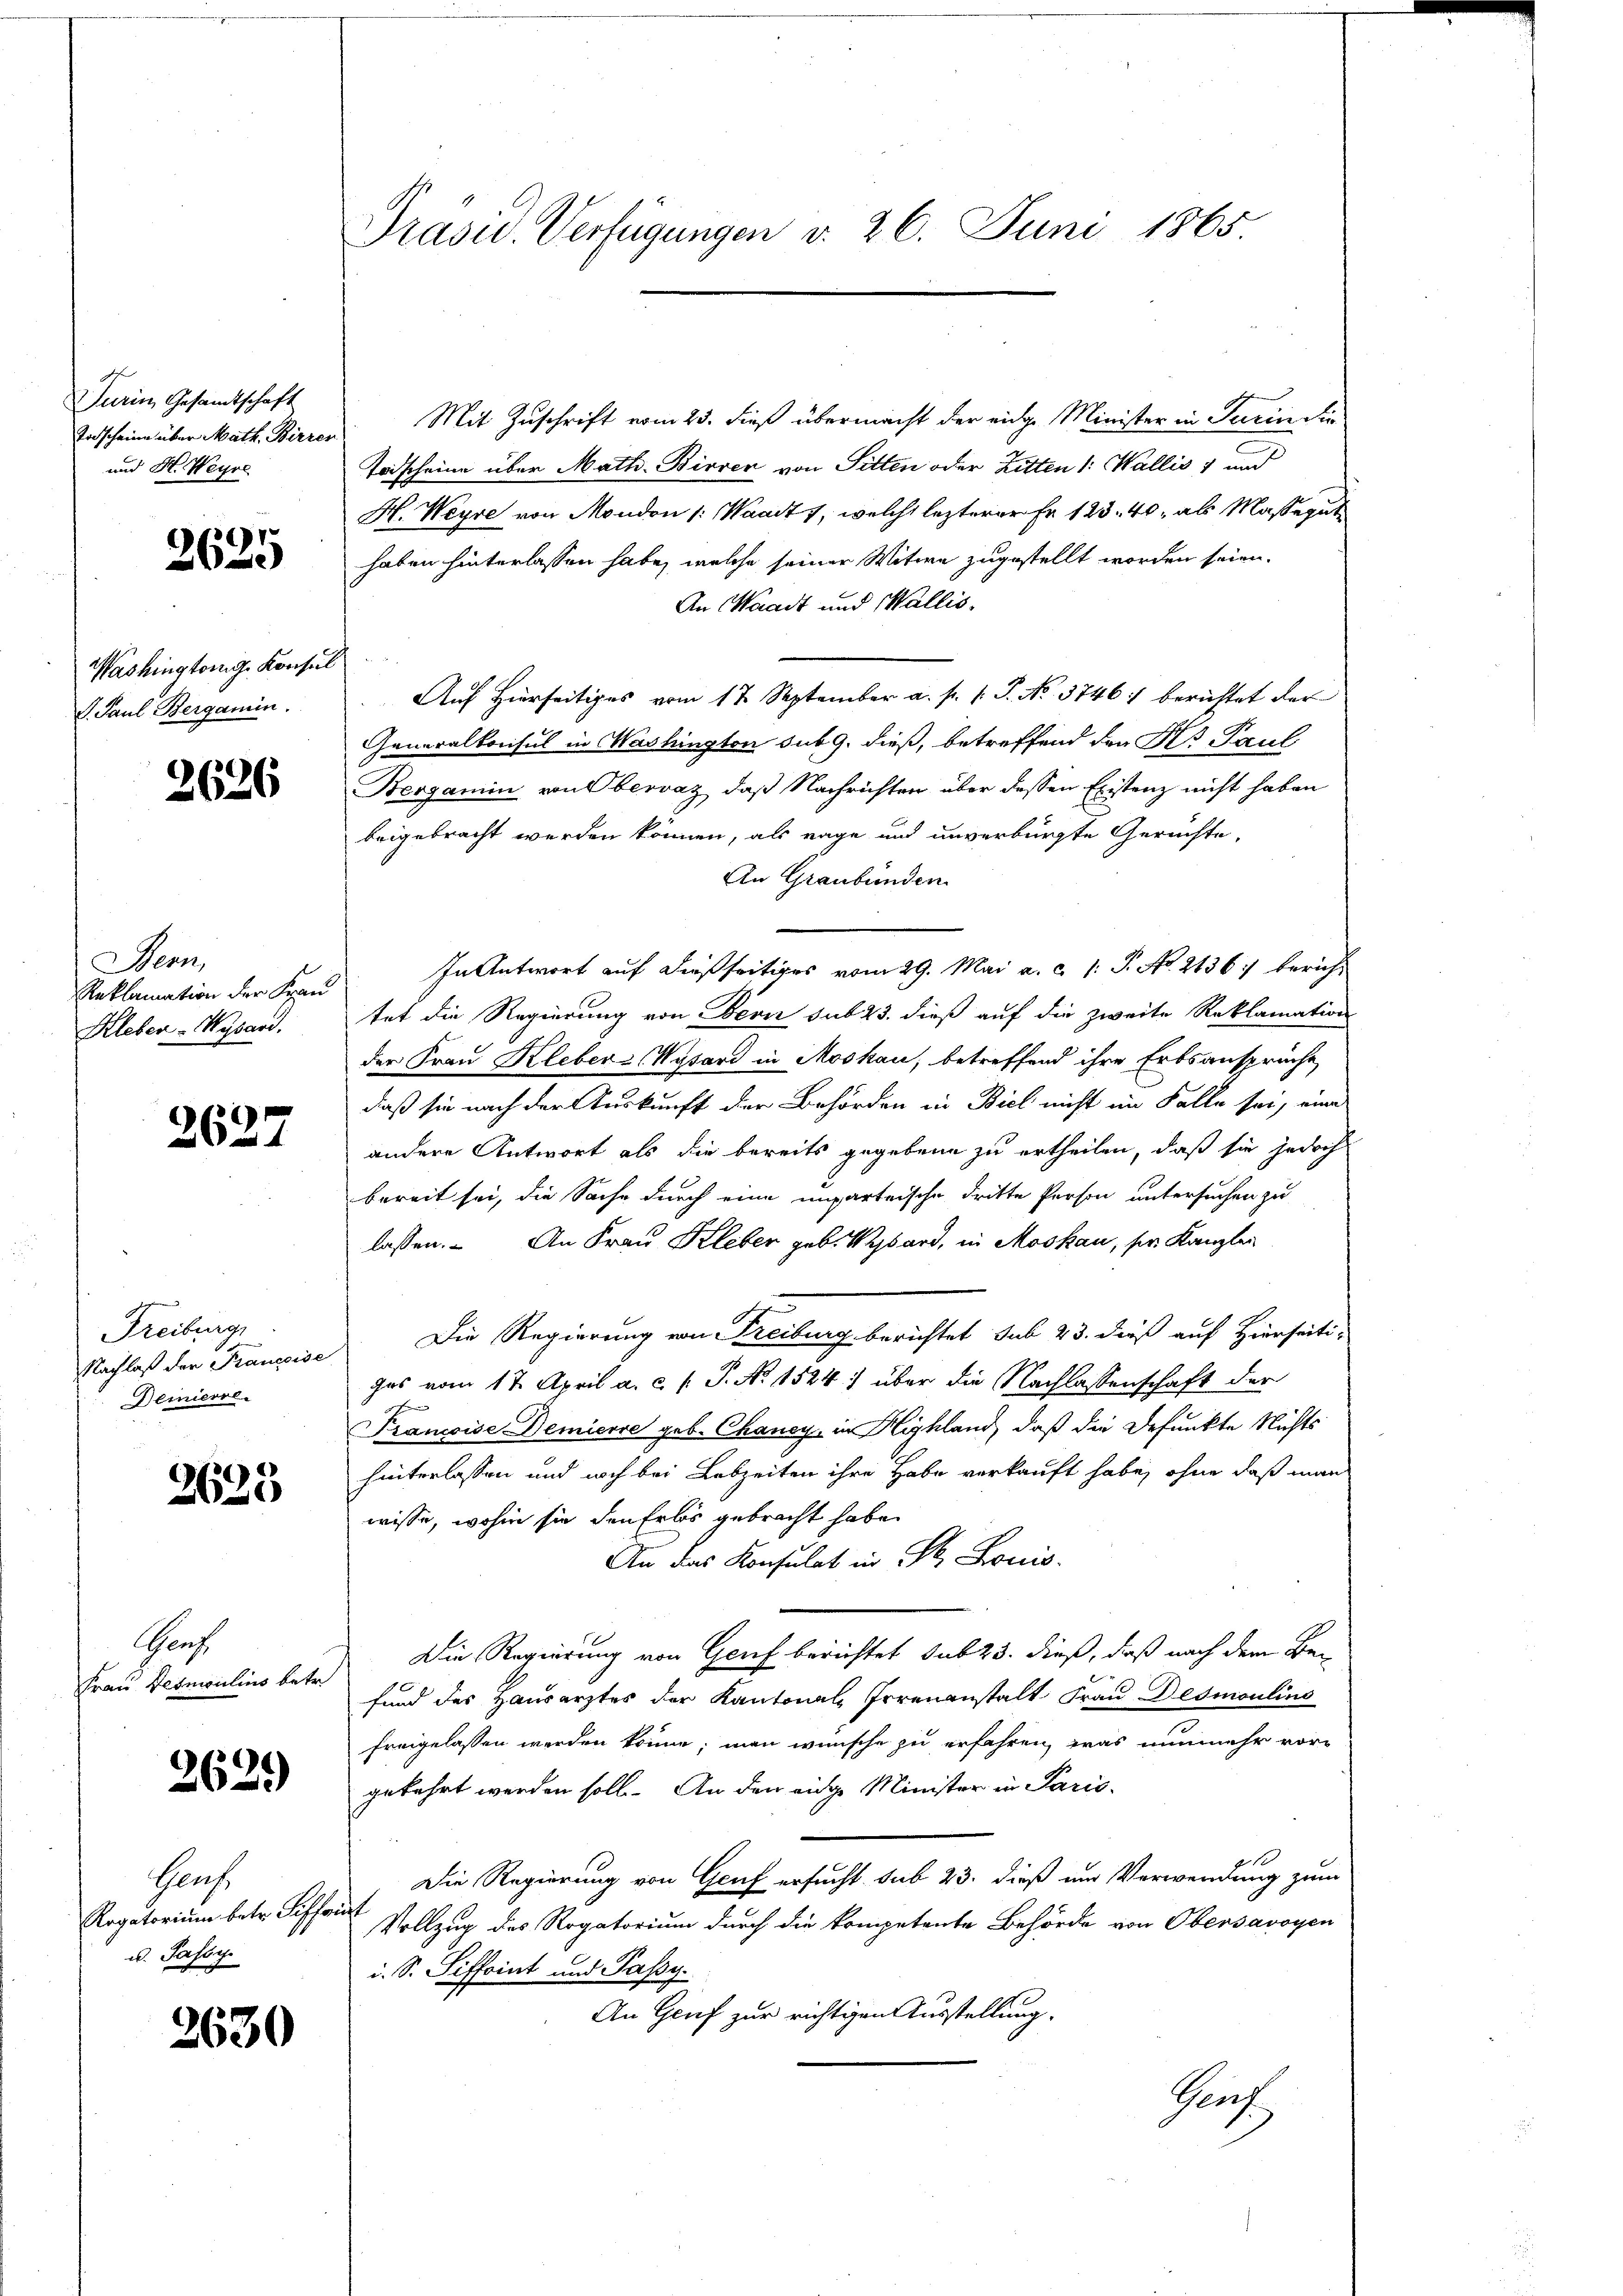
Durin Gesandtschaft
Todscheine über Math. Birrer
und H. Weyre

2625

Washingtonig Konsul
d. Paul Bergamin.

Bern,
Reklamation der Frau

2627

Freiburg,
Nachlaß der Francoise
Demierse

2625

Grus
Frau Besmoulins betr.

Gauss
Rogatorium betr. Riffent
u. Passy

2630

Präsid. Verfügungen v. 26. Juni 1865.

Mit Zuschrift vom 23. dieß übermacht der eidge Minister in Turin die
Todscheine über Math. Birrez von Sitten oder Litten 1: Wallis 7 und
H. Weyre von Moudon /: Waadt, welche lezterer Fr. 123. 40, als Massegut
haben hinterlassen habe, welche seiner Witwe zugestellt worden seien.
An Waadt und Wallis,
Auf Hierseitiges vom 17. September a. p. 1. J. No. 3746) berichtet der
Generalkonsul in Washington sub 9. dieß, betreffend den H. Paul
Bergamin von Obervaz, daß Nachrichten über dessen Existenz nicht haben
beigebracht werden können, als rage und unverbürgte Gerüchte,
An Graubünden.
In Antwort auf dießseitiges vom 29. Mai a. c. 1: P. No. 2136. bericht
Kleben-Wysard. tat die Regierung von Beve sub 23. dieß auf die zweite Reklamation
der Frau Kleber-Wysard in Moskau, betreffend ihre Erbsanspruche
daß sie nach der Auskunft der Behörden in Biel nicht im Falle sei, eine
andere Antwort als die bereits gegebene zu ertheilen, daß sie jedoch
bereit sei, die Sache durch eine unparteische dritte Person untersuchen zu
lassen. An Frau Kleber geb. Wysard, in Moskau, ser Kanzlei
Die Regierung von Freiburg berichtet sub 23. dieß auf Hierseiti-
ges vom 17. April a. c. P. P. No 1524 über die Nachlassenschaft der
Krancoise Demierre geb. Chancy, in Highland, daß die Defunkte Nichts
hinterlassen und noch bei Lebzeiten ihre Habe verkauft habe, ohne daß man
wisse, wohin sie den Erlös gebracht habe.
An das Konsulat in St. Louis-
Die Regierung von Genf berichtet sub 23. dieß, daß nach dem Be-
fund des Hausarztes der Kantonals Irrenanstalt Frau Desmoulins
freigelassen werden könne; man wünsche zu erfahren, was nunmehr vor¬
  gekehrt werden solle. An den einge Minister in Paris
Die Regierung von Genf ersucht sub 23. dieß um Verwendung zum
Vollzug des Rogatorium durch die kompetente Behörde von Obersavoyen
i. S. Siffoint und Passy
An Genf zur richtigen Ausstellung.
Prof.